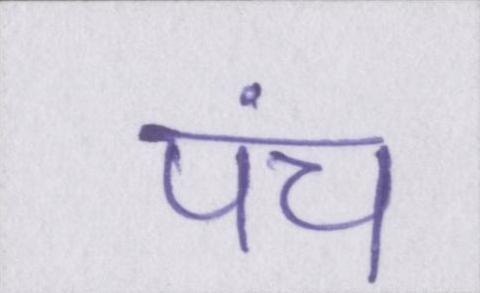
पंच